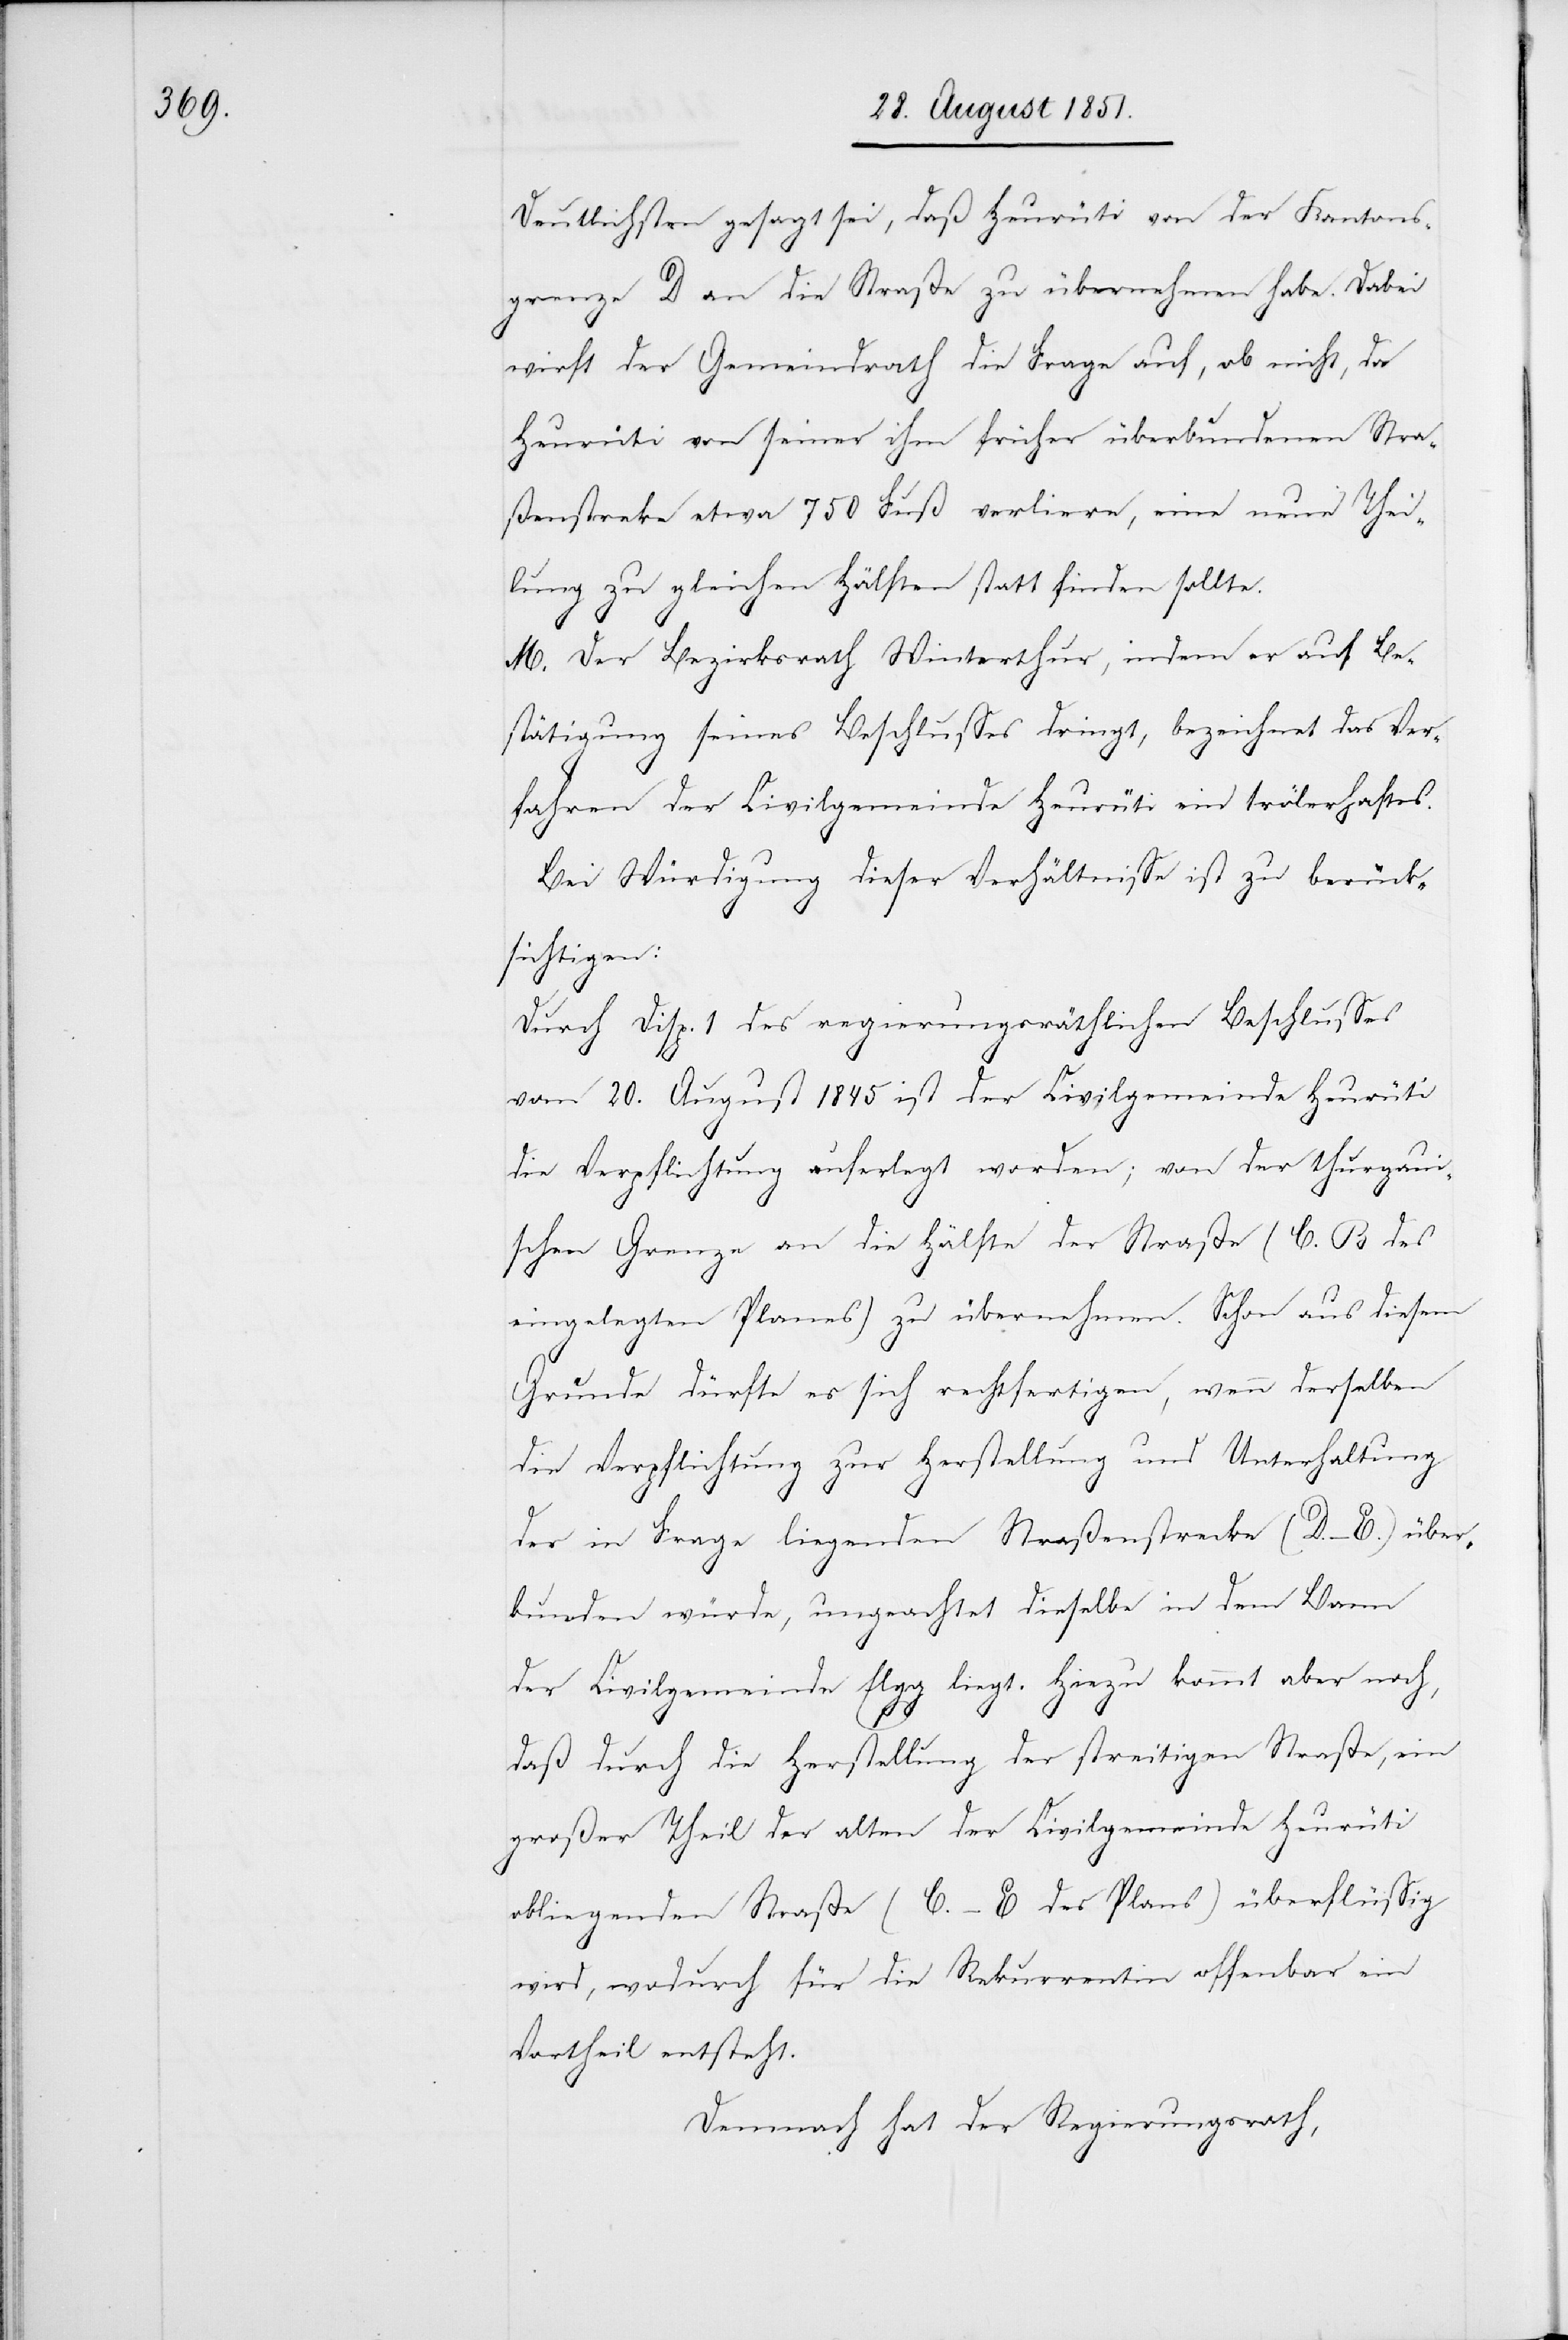
Deutlichsten gesagt sei, daß Heurüti von der Kantons¬
grenze D an die Straße zu übernehmen habe. Dabei
wirft der Gemeindrath die Frage auf, ob nicht, da
Heurüti von seiner ihm früher überbundenen Stra¬
ßenstre[c]ke etwa 750 Fuß verliere, eine neue Thei¬
lung zu gleichen Hälften statt finden sollte.
M. Der Bezirksrath Winterthur, indem er auf Be¬
stätigung seines Beschlusses dringt, bezeichnet das Ver¬
fahren der Civilgemeinde Heurüti ein trölerhaftes.
Bei Würdigung dieser Verhältnisse ist zu berück¬
sichtigen:
Durch Disp. 1 des regierungsräthlichen Beschlusses
vom 20. August 1845 ist der Civilgemeinde Heurüti
die Verpflichtung auferlegt worden; von der thurgaui¬
schen Grenze an die Hälfte der Straße (C. B des
eingelegten Planes) zu übernehmen. Schon aus diesem
Grunde dürfte es sich rechtfertigen, wenn derselben
die Verpflichtung zur Herstellung und Unterhaltung
der in Frage liegenden Straßenstrecke (D.–E.) über¬
bunden würde, ungeachtet dieselbe in dem Bann
der Civilgemeinde Elgg liegt. Hiezu kommt aber noch,
daß durch die Herstellung der streitigen Straße, ein
großer Theil der alten der Civilgemeinde Heurüti
obliegenden Straße (C.–E des Plans) überflüssig
wird, wodurch für die Rekurrentin offenbar ein
Vortheil entsteht.
Demnach hat der Regierungsrath,